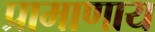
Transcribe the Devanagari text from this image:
प्रामाणाय